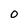
Character: 0